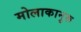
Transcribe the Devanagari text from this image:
मोलाकानुरू